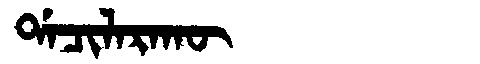
Manchu: ᡩᠠᠴᡳᠯᠠᡵᠠᡴᡡ
Romanization: DACILARAKŪ